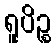
ရူပိဉ္စ